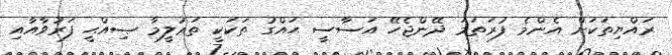
ރައްޔިތަކަށް އެންމެ ފުރަތަމަ ދޭންޖެހޭ އަސާސީ ޙައްގު ތަކަކީ ތަޢުލީމާ ޞިއްޙީ ފަރުވާއާއި